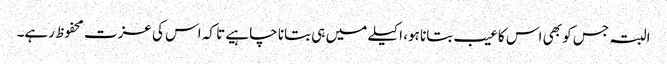
البتہ جس کو بھی اس کا عیب بتانا ہو، اکیلے میں ہی بتانا چاہیے تا کہ اس کی عزت محفوظ رہے۔